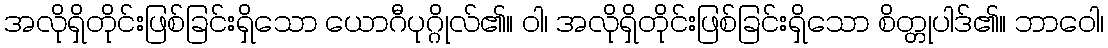
အလိုရှိတိုင်းဖြစ်ခြင်းရှိသော ယောဂီပုဂ္ဂိုလ်၏။ ဝါ၊ အလိုရှိတိုင်းဖြစ်ခြင်းရှိသော စိတ္တုပါဒ်၏။ ဘာဝေါ၊